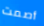
أصمت